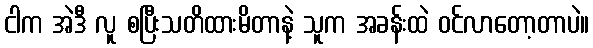
ငါက အဲဒီ လူ စပြီးသတိထားမိတာနဲ့ သူက အခန်းထဲ ဝင်လာတော့တာပဲ။